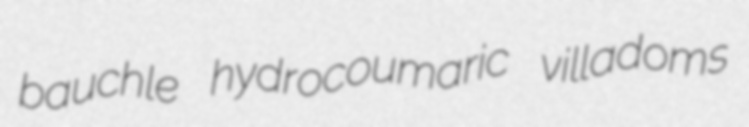
bauchle hydrocoumaric villadoms